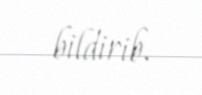
bildirib.